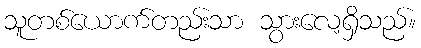
သူတစ်ယောက်တည်းသာ သွားလေ့ရှိသည်။